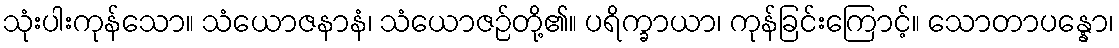
သုံးပါးကုန်သော။ သံယောဇနာနံ၊ သံယောဇဉ်တို့၏။ ပရိက္ခာယာ၊ ကုန်ခြင်းကြောင့်။ သောတာပန္နော၊